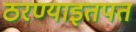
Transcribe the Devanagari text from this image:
ठरण्याइतपत